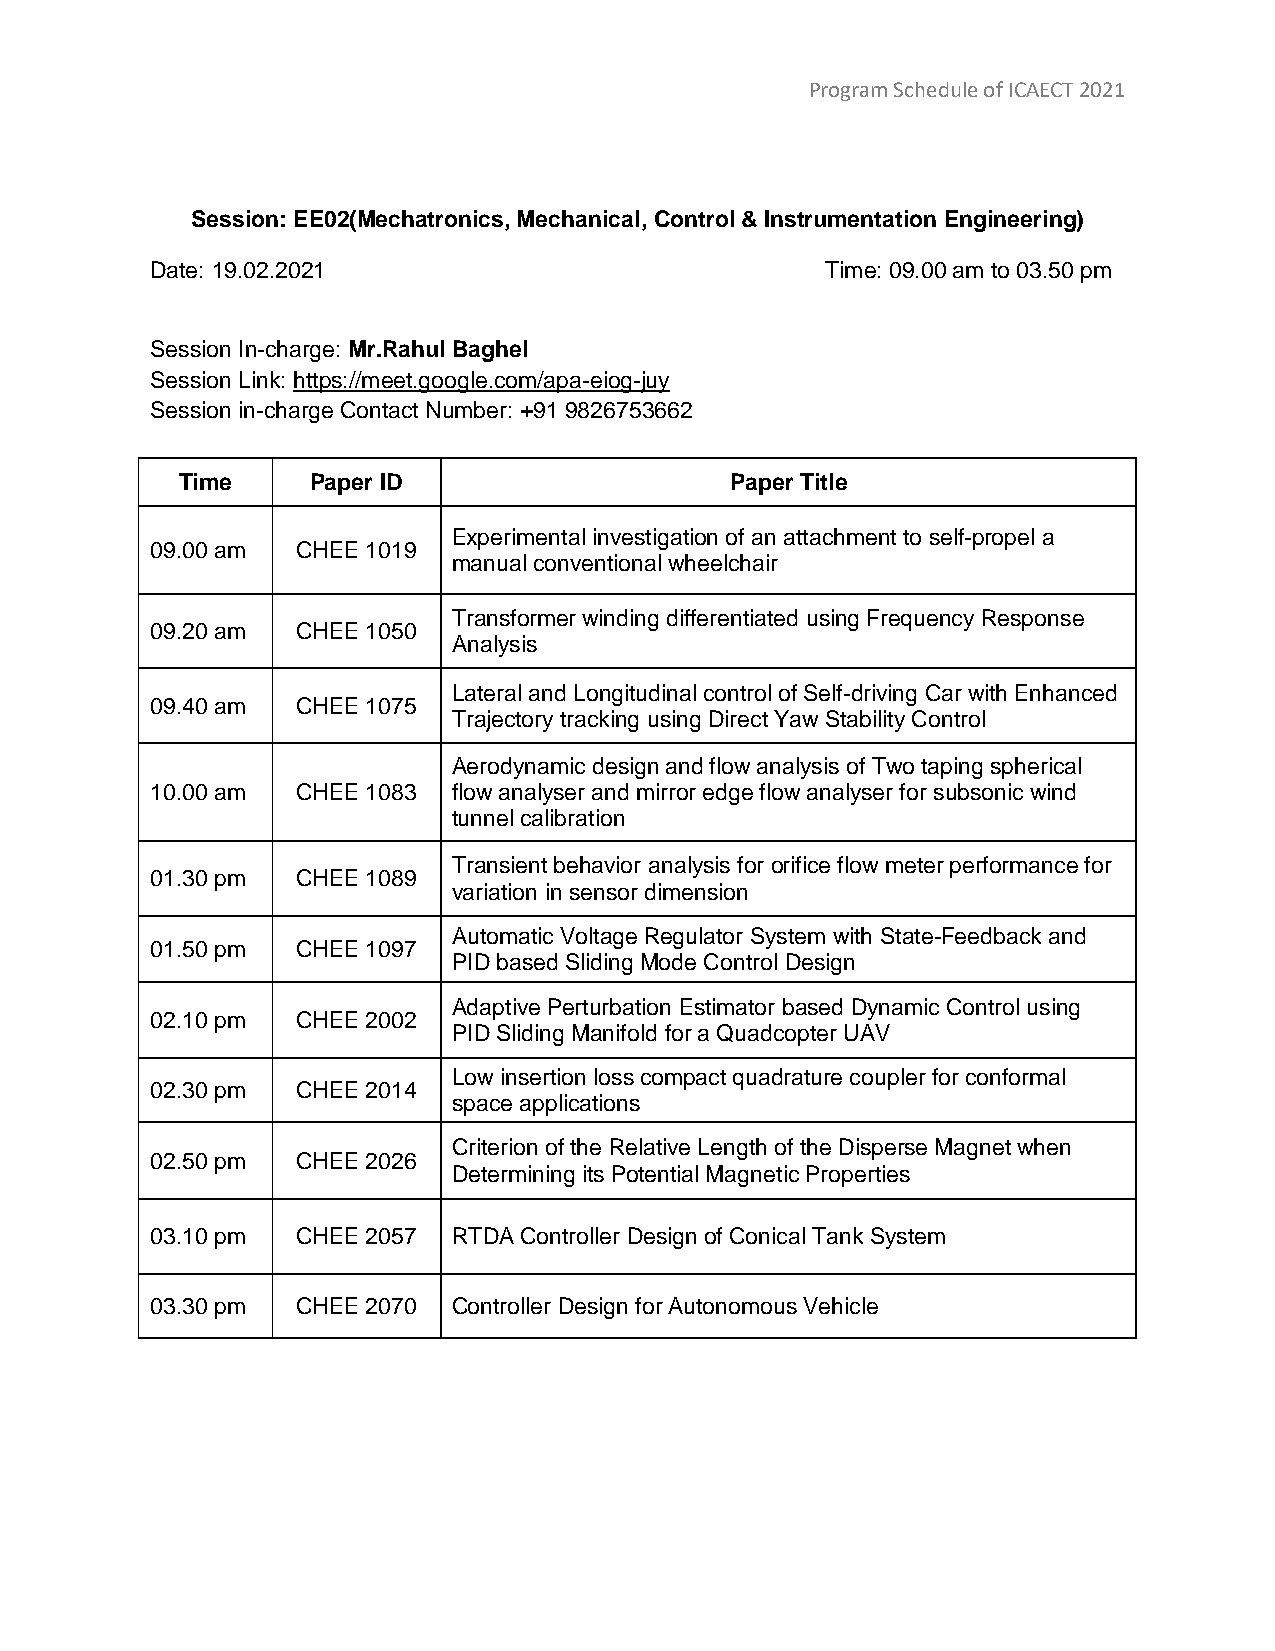
Program Schedule of ICAECT 2021
 Session: EE02(Mechatronics, Mechanical, Control & Instrumentation Engineering)
 Date: 19.02.2021                             Time: 09.00 am to 03.50 pm
 Session In-charge: Mr.Rahul Baghel
 Session Link: https://meet.google.com/apa-eiog-juy
 Session in-charge Contact Number: +91 9826753662
 Time    Paper ID                    Paper Title
 Experimental investigation of an attachment to self-propel a
 09.00 am  CHEE 1019
 manual conventional wheelchair
 Transformer winding differentiated using Frequency Response
 09.20 am  CHEE 1050
 Analysis
 Lateral and Longitudinal control of Self-driving Car with Enhanced
 09.40 am  CHEE 1075
 Trajectory tracking using Direct Yaw Stability Control
 Aerodynamic design and flow analysis of Two taping spherical
 10.00 am  CHEE 1083 flow analyser and mirror edge flow analyser for subsonic wind
 tunnel calibration
 Transient behavior analysis for orifice flow meter performance for
 01.30 pm  CHEE 1089
 variation in sensor dimension
 Automatic Voltage Regulator System with State-Feedback and
 01.50 pm  CHEE 1097
 PID based Sliding Mode Control Design
 Adaptive Perturbation Estimator based Dynamic Control using
 02.10 pm  CHEE 2002
 PID Sliding Manifold for a Quadcopter UAV
 Low insertion loss compact quadrature coupler for conformal
 02.30 pm  CHEE 2014
 space applications
 Criterion of the Relative Length of the Disperse Magnet when
 02.50 pm  CHEE 2026
 Determining its Potential Magnetic Properties
 03.10 pm  CHEE 2057 RTDA Controller Design of Conical Tank System
 03.30 pm  CHEE 2070 Controller Design for Autonomous Vehicle